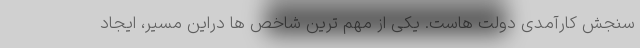
سنجش کارآمدی دولت هاست. یکی از مهم ترین شاخص ها دراین مسیر، ایجاد